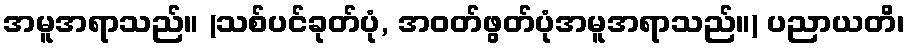
အမူအရာသည်။ (သစ်ပင်ခုတ်ပုံ, အဝတ်ဖွတ်ပုံအမူအရာသည်။) ပညာယတိ၊